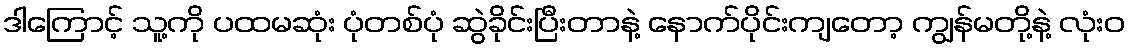
ဒါကြောင့် သူ့ကို ပထမဆုံး ပုံတစ်ပုံ ဆွဲခိုင်းပြီးတာနဲ့ နောက်ပိုင်းကျတော့ ကျွန်မတို့နဲ့ လုံးဝ